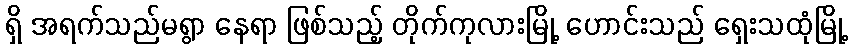
ရှိ အရက်သည်မရွာ နေရာ ဖြစ်သည့် တိုက်ကုလားမြို့ ဟောင်းသည် ရှေးသထုံမြို့